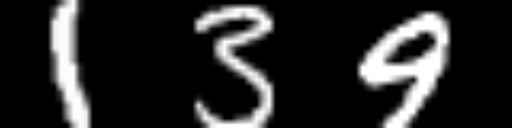
Text: 139